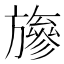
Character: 𱡸